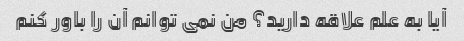
آیا به علم علاقه دارید؟ من نمی توانم آن را باور کنم